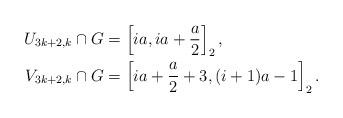
LaTeX: \begin{align*}U_{3k+2,k} \cap G & = \left[ia, ia + \frac{a}{2} \right]_2,\\V_{3k+2,k} \cap G & = \left[ia + \frac{a}{2} + 3, (i+1)a - 1 \right]_2.\end{align*}